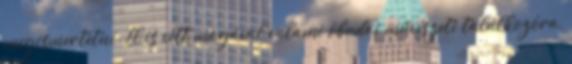
meg­is­mertetni. El is vitt magával valami óbudai művészeti talál­ko­­zó­ra,